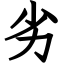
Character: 劣